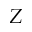
{ \cal Z }